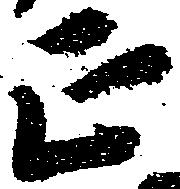
正